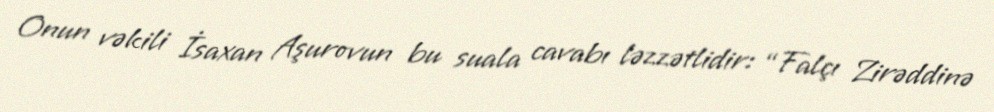
Onun vəkili İsaxan Aşurovun bu suala cavabı ləzzətlidir: “Falçı Zirəddinə